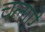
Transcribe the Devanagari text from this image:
चलाऐ